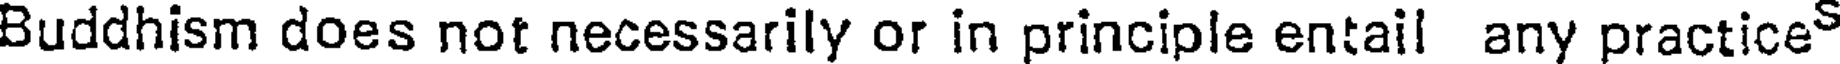
Buddhism does not necessarily or in principle entail any practice